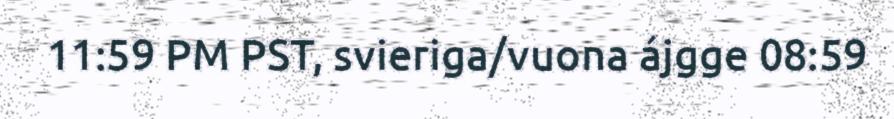
11:59 PM PST, svieriga/vuona ájgge 08:59